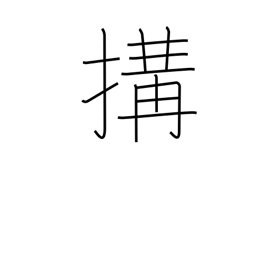
Meaning: cause